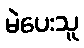
မဲပေးသူ